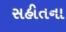
સહીતના